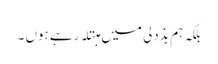
بلکہ ہم بذدلی میں مبتلہ رہے ہوں ۔